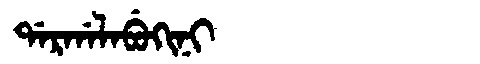
Manchu: ᡩᠠᡵᡤᠠᠯᠠᠪᡠᡴᡳᠨᡳ
Romanization: DARGALABUKINI